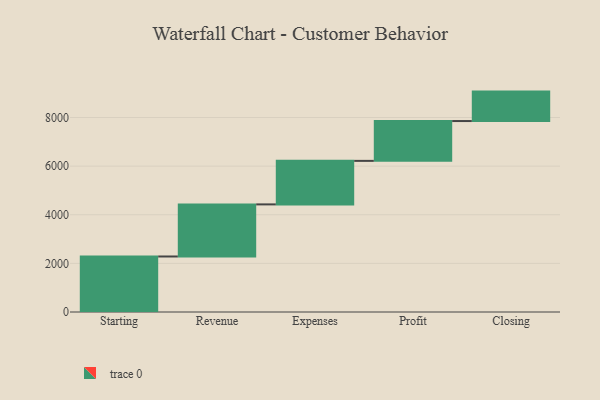
{"axis": {"x": "Step", "y": "Value"}, "legend": [""], "data": [{"x": "Starting", "y": 2283.0, "type": ""}, {"x": "Revenue", "y": 2143.0, "type": ""}, {"x": "Expenses", "y": 1790.0, "type": ""}, {"x": "Profit", "y": 1638.0, "type": ""}, {"x": "Closing", "y": 1211.0, "type": ""}]}